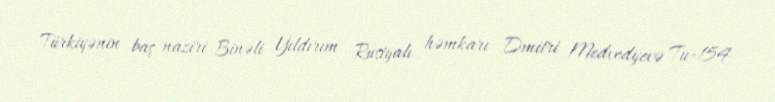
Türkiyənin baş naziri Binəli Yıldırım Rusiyalı həmkarı Dmitri Medvedyevə Tu-154